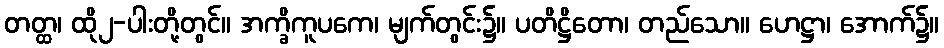
တတ္ထ၊ ထို၂-ပါးတို့တွင်။ အက္ခိကူပကေ၊ မျက်တွင်း၌။ ပတိဋ္ဌိတော၊ တည်သော။ ဟေဋ္ဌာ၊ အောက်၌။